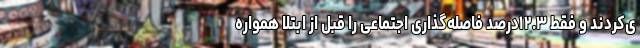
ی‌کردند و فقط ۱۲.۳درصد فاصله‌گذاری اجتماعی را قبل از ابتلا همواره